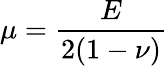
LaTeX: \mu=\frac{E}{2(1-\nu)}